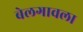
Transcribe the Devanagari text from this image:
बेलगावला